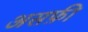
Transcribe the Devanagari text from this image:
असफ़ी